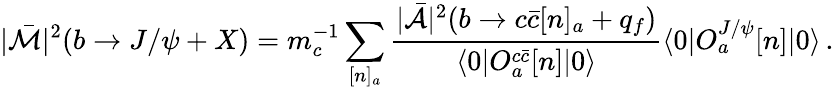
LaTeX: |\bar{\cal M}|^{2}(b\rightarrow J/\psi+X)=m_{c}^{-1}\sum_{[n]_{a}}\frac{|\bar{\cal A}|^{2}(b\rightarrow c\bar{c}[n]_{a}+q_{f})}{\langle 0|O_{a}^{c\bar{c}}[n]|0\rangle}\langle 0|O_{a}^{J/\psi}[n]|0\rangle\, .